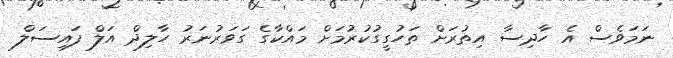
ނަމަވެސް އެ ހާދިސާ އިތުރަށް ތަހުގީގުކުރުމަށް މައްކާގެ ގަވަރުނަރު ހާލިދް އަލް ފައިސަލް